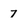
Character: 7